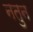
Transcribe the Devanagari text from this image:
नतुन